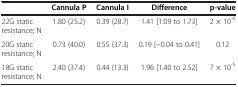
<table><thead><tr><td><b> </b></td><td><b>Cannula P</b></td><td><b>Cannula I</b></td><td><b>Difference</b></td><td><b>p-value</b></td></tr></thead><tbody><tr><td>22G static resistance; N</td><td>1.80 (25.2)</td><td>0.39 (28.7)</td><td>1.41 [1.09 to 1.73]</td><td>2 × 10<sup>-6</sup></td></tr><tr><td>20G static resistance; N</td><td>0.73 (40.0)</td><td>0.55 (37.3)</td><td>0.19 [-0.04 to 0.41]</td><td>0.12</td></tr><tr><td>18G static resistance; N</td><td>2.40 (37.4)</td><td>0.44 (13.3)</td><td>1.96 [1.40 to 2.52]</td><td>7 × 10<sup>-5</sup></td></tr></tbody></table>